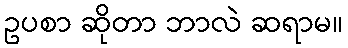
ဥပစာ ဆိုတာ ဘာလဲ ဆရာမ။